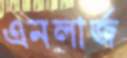
এনলার্জ